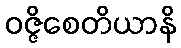
ဝဇ္ဇိစေတိယာနိ